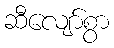
ဆီလျော်စွာ